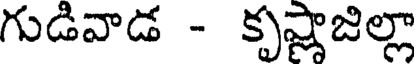
గుడివాడ - కృష్ణాజిల్లా